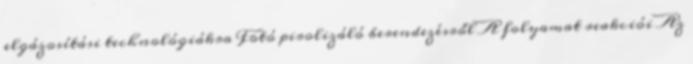
elgázosítási technológiákra Fotó pirolizáló berendezésről A folyamat reakciói Az